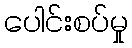
ပေါင်းစပ်မှု